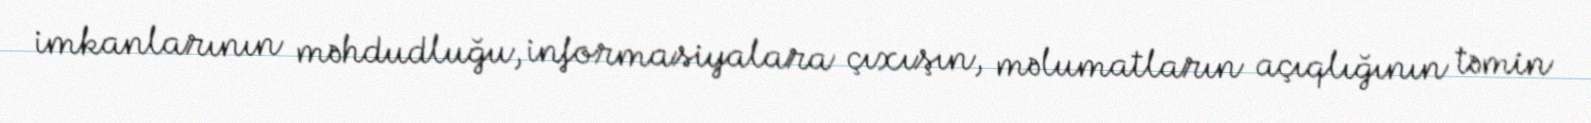
imkanlarının məhdudluğu, informasiyalara çıxışın, məlumatların açıqlığının təmin